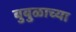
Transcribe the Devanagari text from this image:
बुबुळाच्या